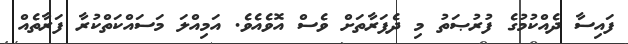
ފައިސާ ދެއްކުމުގެ ފުރުޞަތު މި ދެފަރާތަށް ވެސް އޮވެއެވެ. އަމިއްލަ މަސައްކަތްކުރާ ފަރާތެއް